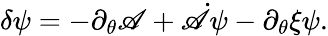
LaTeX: \delta\psi=-\partial_{\theta}\mathscr{A}+\dot{{\mathscr{A}}}\psi-\partial_{\theta}\xi\psi.